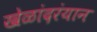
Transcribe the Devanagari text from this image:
खेळांदरंयान